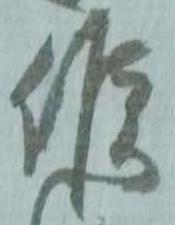
候